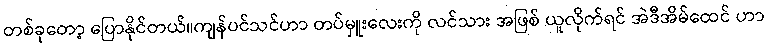
တစ်ခုတော့ ပြောနိုင်တယ်။ကျန်ပင်သင်ဟာ တပ်မှူးလေးကို လင်သား အဖြစ် ယူလိုက်ရင် အဲဒီအိမ်ထေင် ဟာ